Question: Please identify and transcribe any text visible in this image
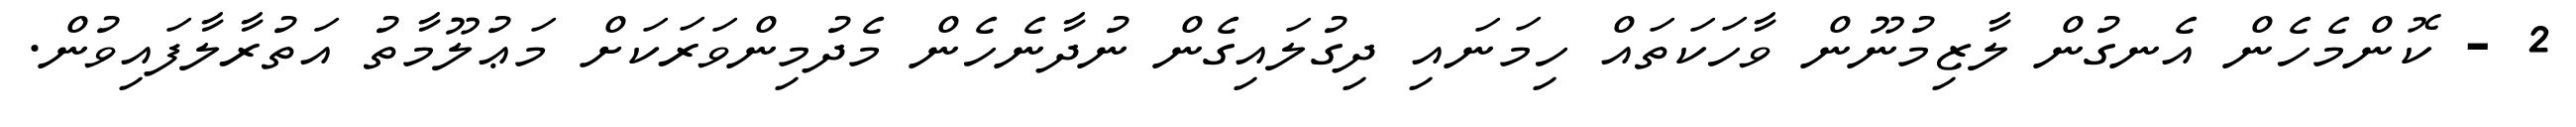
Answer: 2 - ކޮންމެހެން އެނގުން ލާޒިމުނޫން ވާހަކަތައް ހިމަނައި ދިގުލައިގެން ނުދާނެހެން މެދުމިންވަރަކަށް މަޢުލޫމާތު އަތުރާލާފައިވުން.